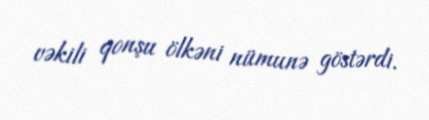
vəkili qonşu ölkəni nümunə göstərdi.